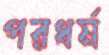
পরধর্ম